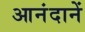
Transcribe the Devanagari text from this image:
आनंदानें